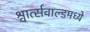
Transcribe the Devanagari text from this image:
श्वार्त्सवाल्डमध्ये